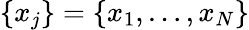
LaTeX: \{ x_{j}\} =\{ x_{1},\dots,x_{N}\}